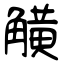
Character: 觵